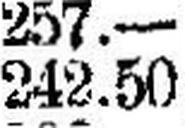
242.50